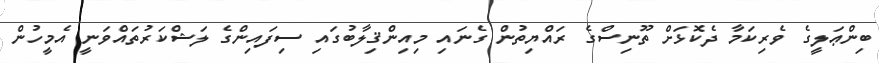
ބިންޢަލީގެ ވެރިކަމާ ދެކޮޅަށް ތޫނިސްގެ ރައްޔިތުން ގެނައި މިއިންޤިލާބުގައި ސިފައިންގެ ލަޝްކަރުތައްވަނީ އެމީހުން